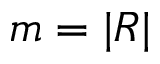
m = | R |